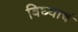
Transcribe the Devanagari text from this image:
बिघ्याचं